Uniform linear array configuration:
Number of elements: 12
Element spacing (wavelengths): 1
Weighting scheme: blackman
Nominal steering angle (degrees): -60
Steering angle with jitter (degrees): -60.561
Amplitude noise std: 0.05
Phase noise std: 0.05

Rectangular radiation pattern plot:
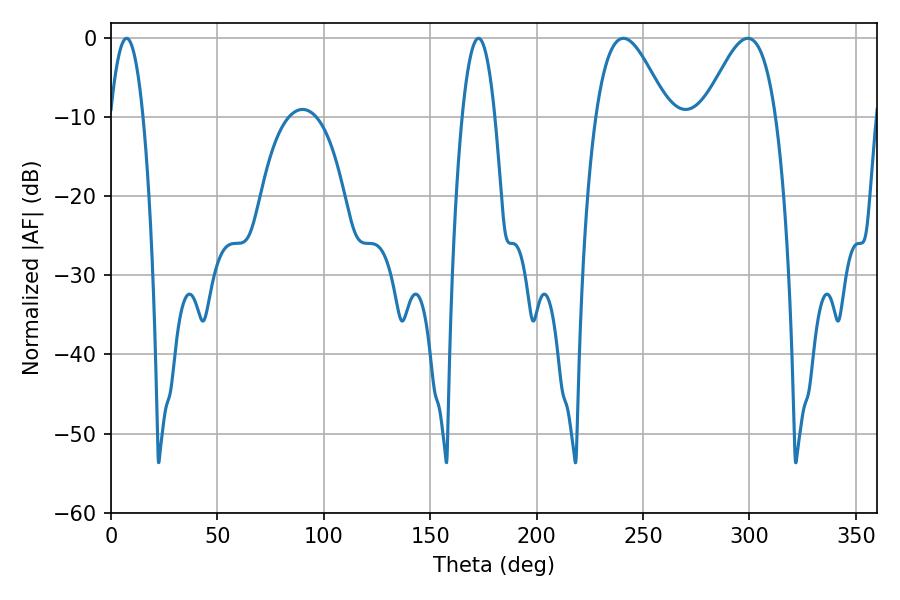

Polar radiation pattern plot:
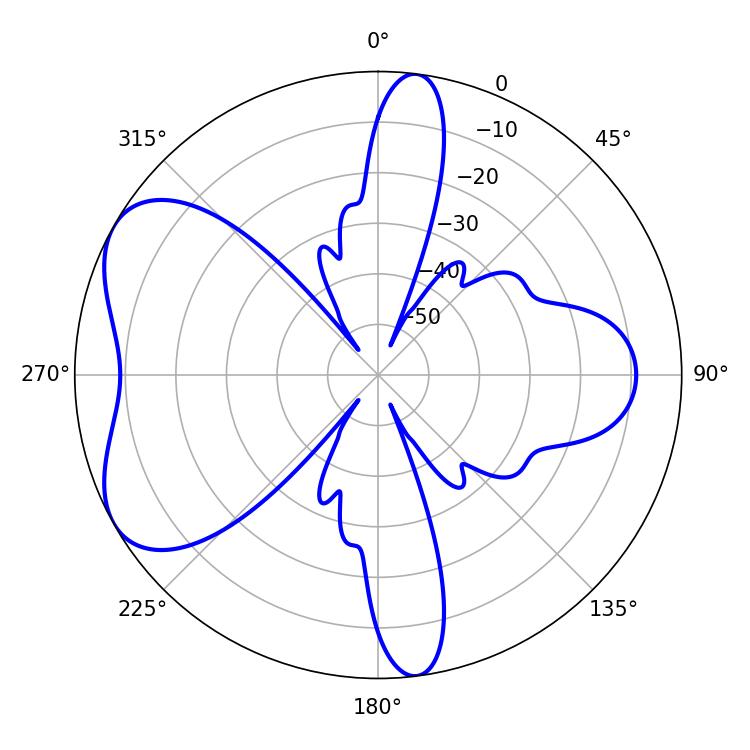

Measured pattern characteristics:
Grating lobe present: TRUE
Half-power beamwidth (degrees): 18.18
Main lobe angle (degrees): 240.84